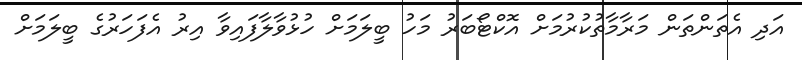
އަދި އެތަންތަން މަރާމާތުކުރުމަށް އޮކްޓޯބަރު މަހު ބީލަމަށް ހުޅުވާލާފައިވާ އިރު އެފަހަރުގެ ބީލަމަށް